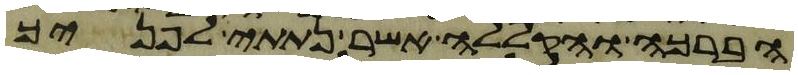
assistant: הברכה והקללה אשר נתתי לפניך